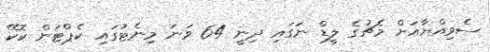
ސެވިއްޔާއަށް މެޗުގެ ލީޑް ނަގައި ދިނީ 64 ވަނަ މިނެޓުގައި ކެޕްޓަން ކޮކޭ